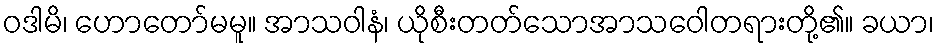
ဝဒါမိ၊ ဟောတော်မမူ။ အာသဝါနံ၊ ယိုစီးတတ်သောအာသဝေါတရားတို့၏။ ခယာ၊